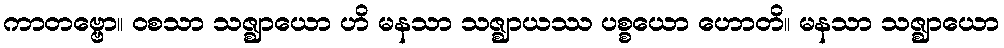
ကာတဗ္ဗော။ ဝစသာ သဇ္ဈာယော ဟိ မနသာ သဇ္ဈာယဿ ပစ္စယော ဟောတိ။ မနသာ သဇ္ဈာယော